Indian journal of veterinary science and animal husbandry - Volumes 26-27, 1956-1957
Year: 1956
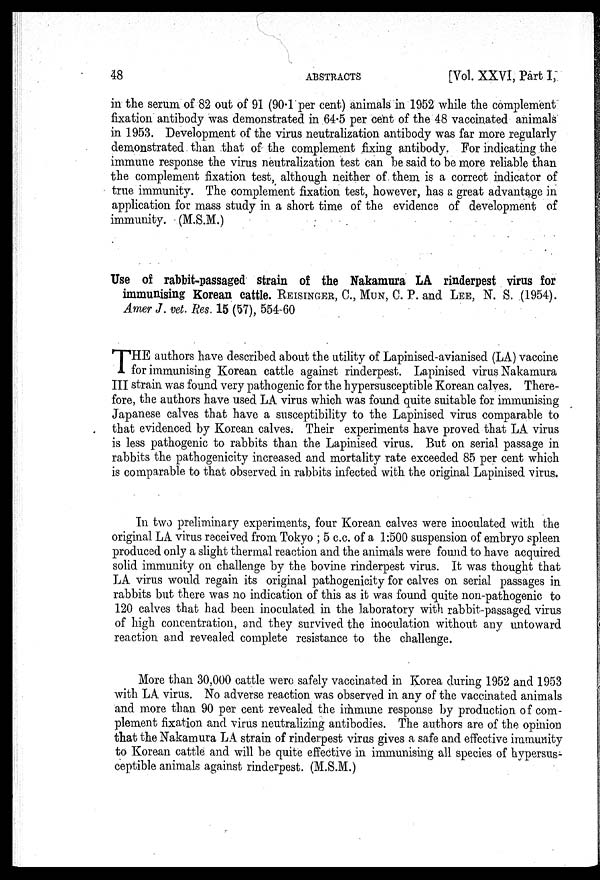
48
ABSTRACTS
[Vol. XXVI, Part I,
in the serum of 82 out of 91 (90.1 per cent) animals in 1952 while the complement
fixation antibody was demonstrated in 64.5 per cent of the 48 vaccinated animals
in 1953. Development of the virus neutralization antibody was far more regularly
demonstrated than that of the complement fixing antibody. For indicating the
immune response the virus neutralization test can be said to be more reliable than
the complement fixation test, although neither of them is a correct indicator of
true immunity. The complement fixation test, however, has a great advantage in
application for mass study in a short time of the evidence of development of
immunity. (M.S.M.)
Use of rabbit-passaged strain of the Nakamura LA rinderpest virus for
immunising Korean cattle. REISINGER, C., MUN, C. P. and LEE, N. S. (1954).
Amer J. vet. Res. 15 (57), 554-60
T HE authors have described about the utility of Lapinised-avianised (LA) vaccine
for immunising Korean cattle against rinderpest. Lapinised virus Nakamura
III strain was found very pathogenic for the hypersusceptible Korean calves. There-
fore, the authors have used LA virus which was found quite suitable for immunising
Japanese calves that have a susceptibility to the Lapinised virus comparable to
that evidenced by Korean calves. Their experiments have proved that LA virus
is less pathogenic to rabbits than the Lapinised virus. But on serial passage in
rabbits the pathogenicity increased and mortality rate exceeded 85 per cent which
is comparable to that observed in rabbits infected with the original Lapinised virus.
In two preliminary experiments, four Korean calves were inoculated with the
original LA virus received from Tokyo ; 5 c.c. of a 1:500 suspension of embryo spleen
produced only a slight thermal reaction and the animals were found to have acquired
solid immunity on challenge by the bovine rinderpest virus. It was thought that
LA virus would regain its original pathogenicity for calves on serial passages in
rabbits but there was no indication of this as it was found quite non-pathogenic to
120 calves that had been inoculated in the laboratory with rabbit-passaged virus
of high concentration, and they survived the inoculation without any untoward
reaction and revealed complete resistance to the challenge.
More than 30,000 cattle were safely vaccinated in Korea during 1952 and 1953
with LA virus. No adverse reaction was observed in any of the vaccinated animals
and more than 90 per cent revealed the immune response by production of com-
plement fixation and virus neutralizing antibodies. The authors are of the opinion
that the Nakamura LA strain of rinderpest virus gives a safe and effective immunity
to Korean cattle and will be quite effective in immunising all species of hypersus-
ceptible animals against rinderpest. (M.S.M.)